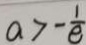
a > - \frac { 1 } { \theta }